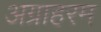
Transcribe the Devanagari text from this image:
अग्राहरम